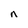
Character: n